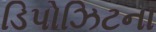
ડિપોઝિટના